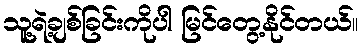
သူ့ရဲ့ချစ်ခြင်းကိုပါ မြင်တွေ့နိုင်တယ်။